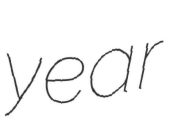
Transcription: year